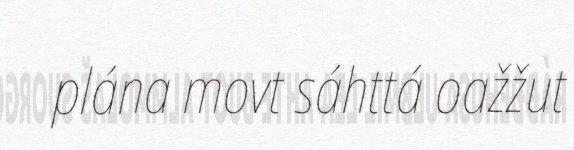
plána movt sáhttá oažžut